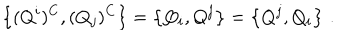
\left\{ ( Q ^ { i } ) ^ { C } , ( Q _ { j } ) ^ { C } \right\} = \left\{ Q _ { i } , Q ^ { j } \right\} = \left\{ Q ^ { j } , Q _ { i } \right\} \, .